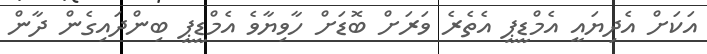
އަކަށް އެދިޔައީ އެމްޑީޕީ އެތެރެ ވަރަށް ބޮޑަށް ހާވިޔާވެ އެމްޑީޕީ ބިންދައިގެން ދާން